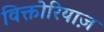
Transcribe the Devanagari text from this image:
विक्तोरियाज़